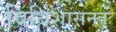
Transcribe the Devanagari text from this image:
विधिशासनतः